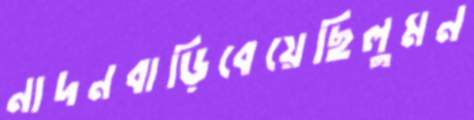
নাদনবাড়িবেয়েছিলুমন